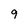
Character: 9